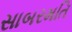
સાબરમતિ